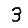
Digit: 3